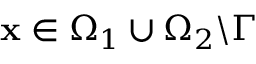
\mathbf { x } \in \Omega _ { 1 } \cup \Omega _ { 2 } \textbackslash \Gamma